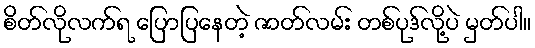
စိတ်လိုလက်ရ ပြောပြနေတဲ့ ဇာတ်လမ်း တစ်ပုဒ်လို့ပဲ မှတ်ပါ။